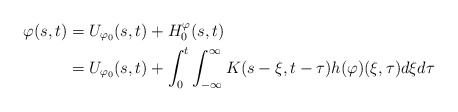
\begin{align*}\varphi(s,t)&=U_{\varphi_0}(s,t)+H_0^\varphi (s,t) \\&=U_{\varphi_0}(s,t)+\int^t_0\int_{-\infty}^{\infty}K(s-\xi,t-\tau)h(\varphi)(\xi,\tau)d\xi d\tau \end{align*}